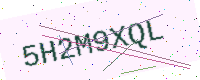
Text: 5H2M9XQL